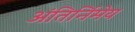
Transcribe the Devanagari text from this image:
अंतिर्निमेय